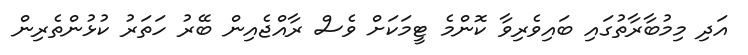
އަދި މިމުބާރާތުގައި ބައިވެރިވާ ކޮންމެ ޓީމަކަށް ވެސް ރާއްޖެއިން ބޭރު ހަތަރު ކުޅުންތެރިން